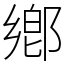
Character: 鄕